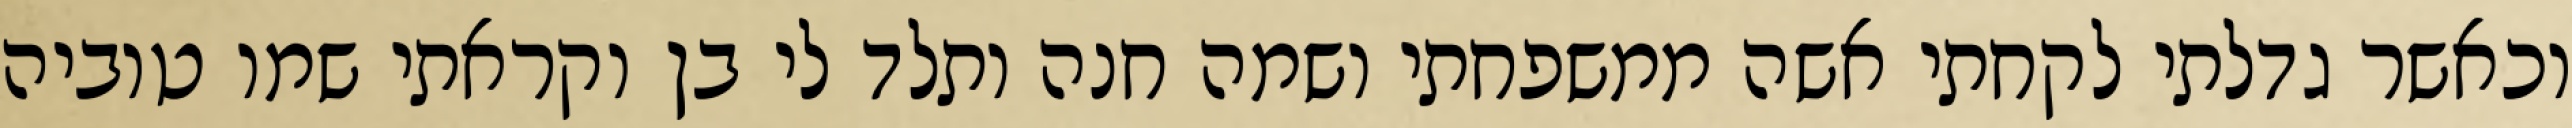
וכאשר גדלתי לקחתי אשה ממשפחתי ושמה חנה ותלד לי בן וקראתי שמו טוביה